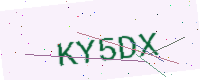
Text: KY5DX